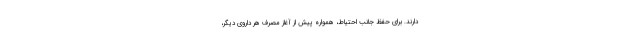
دارند. برای حفظ جانب احتیاط، همواره پیش از آغاز مصرف هر داروی دیگر،